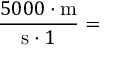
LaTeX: { \frac { 5 0 0 0 \cdot { \mathrm { m } } } { { \mathrm { s } } \cdot { 1 } } } =